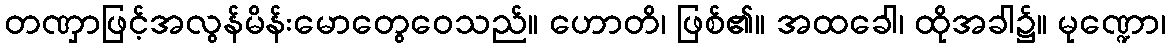
တဏှာဖြင့်အလွန်မိန်းမောတွေဝေသည်။ ဟောတိ၊ ဖြစ်၏။ အထခေါ၊ ထိုအခါ၌။ မုဏ္ဍော၊